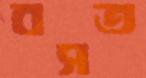
বসত